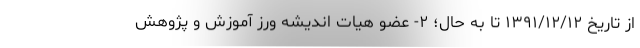
از تاریخ ۱۳۹۱/۱۲/۱۲ تا به حال؛ ۲- عضو هیات اندیشه ورز آموزش و پژوهش